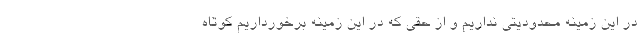
در این زمینه محدودیتی نداریم و از حقی که در این زمینه برخورداریم کوتاه